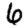
Digit: 6